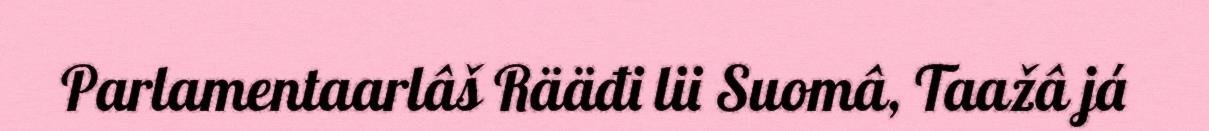
Parlamentaarlâš Rääđi lii Suomâ, Taažâ já